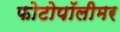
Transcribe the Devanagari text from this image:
फोटोपॉलीमर